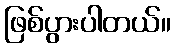
ဖြစ်ပွားပါတယ်။